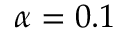
\alpha = 0 . 1